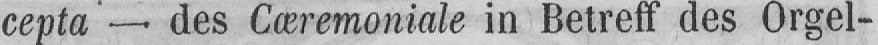
cepta - des Cæremoniale in Betreff des Orgel-